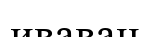
иваван